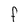
Character: f